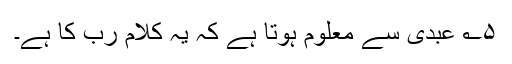
۵؎ عبدی سے معلوم ہوتا ہے کہ یہ کلام رب کا ہے۔